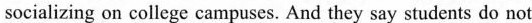
socializing on college campuses. And they say students do not